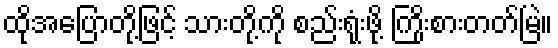
ထိုအပြောတို့ဖြင့် သားတို့ကို စည်းရုံးဖို့ ကြိုးစားတတ်မြဲ။